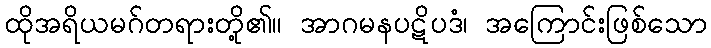
ထိုအရိယမဂ်တရားတို့၏။ အာဂမနပဋိပဒံ၊ အကြောင်းဖြစ်သော